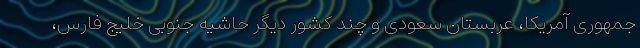
جمهوری آمریکا، عربستان سعودی و چند کشور دیگر حاشیه جنوبی خلیج فارس،